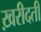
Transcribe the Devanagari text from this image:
ख़रीदती